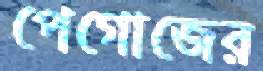
পেগোজের